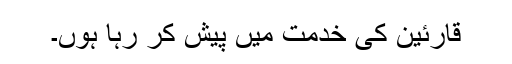
قارئین کی خدمت میں پیش کر رہا ہوں۔